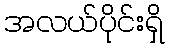
အလယ်ပိုင်းရှိ